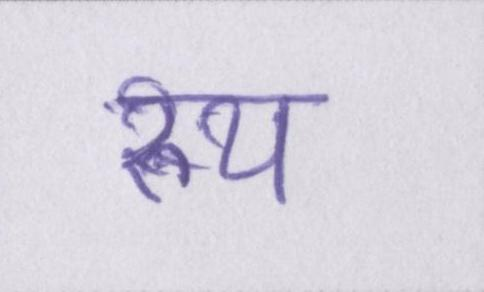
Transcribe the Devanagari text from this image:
रुप